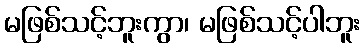
မဖြစ်သင့်ဘူးကွာ၊ မဖြစ်သင့်ပါဘူး